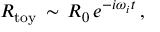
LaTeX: R _ { \mathrm { t o y } } \, \sim \, R _ { 0 } \, e ^ { - i \omega _ { i } t } \, ,